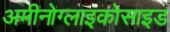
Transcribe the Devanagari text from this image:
अमीनोग्लाइकोसाइड